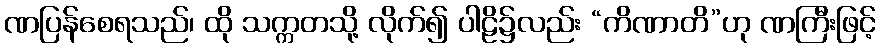
ဏပြန်စေရသည်၊ ထို သက္ကတသို့ လိုက်၍ ပါဠိ၌လည်း “ကိဏာတိ”ဟု ဏကြီးဖြင့်